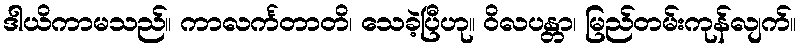
ဒါယိကာမသည်။ ကာလင်္ကတာတိ၊ သေခဲ့ပြီဟု။ ဝိလပန္တာ၊ မြည်တမ်းကုန်လျက်။